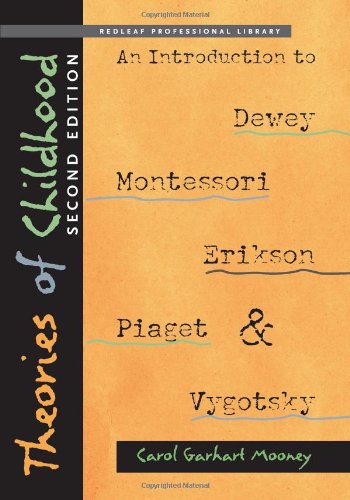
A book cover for Theories of Childhood, Second Edition: An Introduction to Dewey, Montessori, Erikson, Piaget & Vygotsky (Redleaf Professional Library); Carol Garhart Mooney; Education & Teaching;